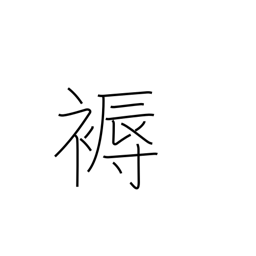
Meaning: mattress